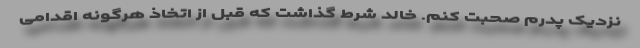
نزدیک پدرم صحبت کنم. خالد شرط گذاشت که قبل از اتخاذ هرگونه اقدامی